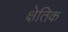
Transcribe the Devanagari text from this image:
क्षेतिक